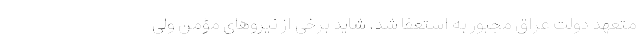
متعهد دولت عراق مجبور به استعفا شد. شاید برخی از نیروهای مؤمن ولی